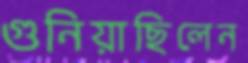
গুনিয়াছিলেন